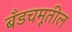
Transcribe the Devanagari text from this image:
बँडचमूतील